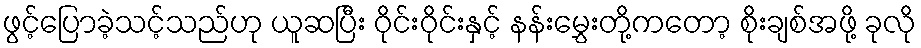
ဖွင့်ပြောခဲ့သင့်သည်ဟု ယူဆပြီး ဝိုင်းဝိုင်းနှင့် နန်းမွှေးတို့ကတော့ စိုးချစ်အဖို့ ခုလို